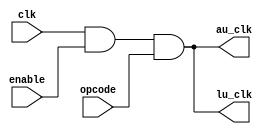
module clock_gating(clk, enable, opcode, au_clk, lu_clk);
input clk;
input opcode;
input enable;
output au_clk;
output lu_clk;
wire enable, opcode, au_clk, lu_clk, clk;

assign au_clk = clk & enable & opcode;
assign lu_clk = clk & enable & opcode;

endmodule